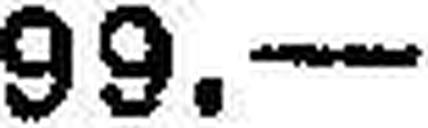
99.—